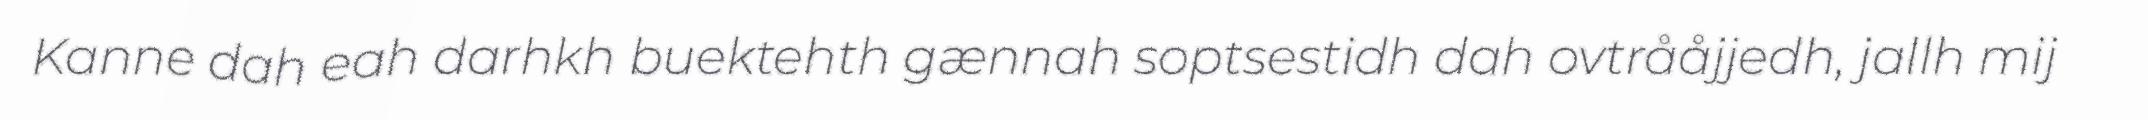
Kanne dah eah darhkh buektehth gænnah soptsestidh dah ovtrååjjedh, jallh mij